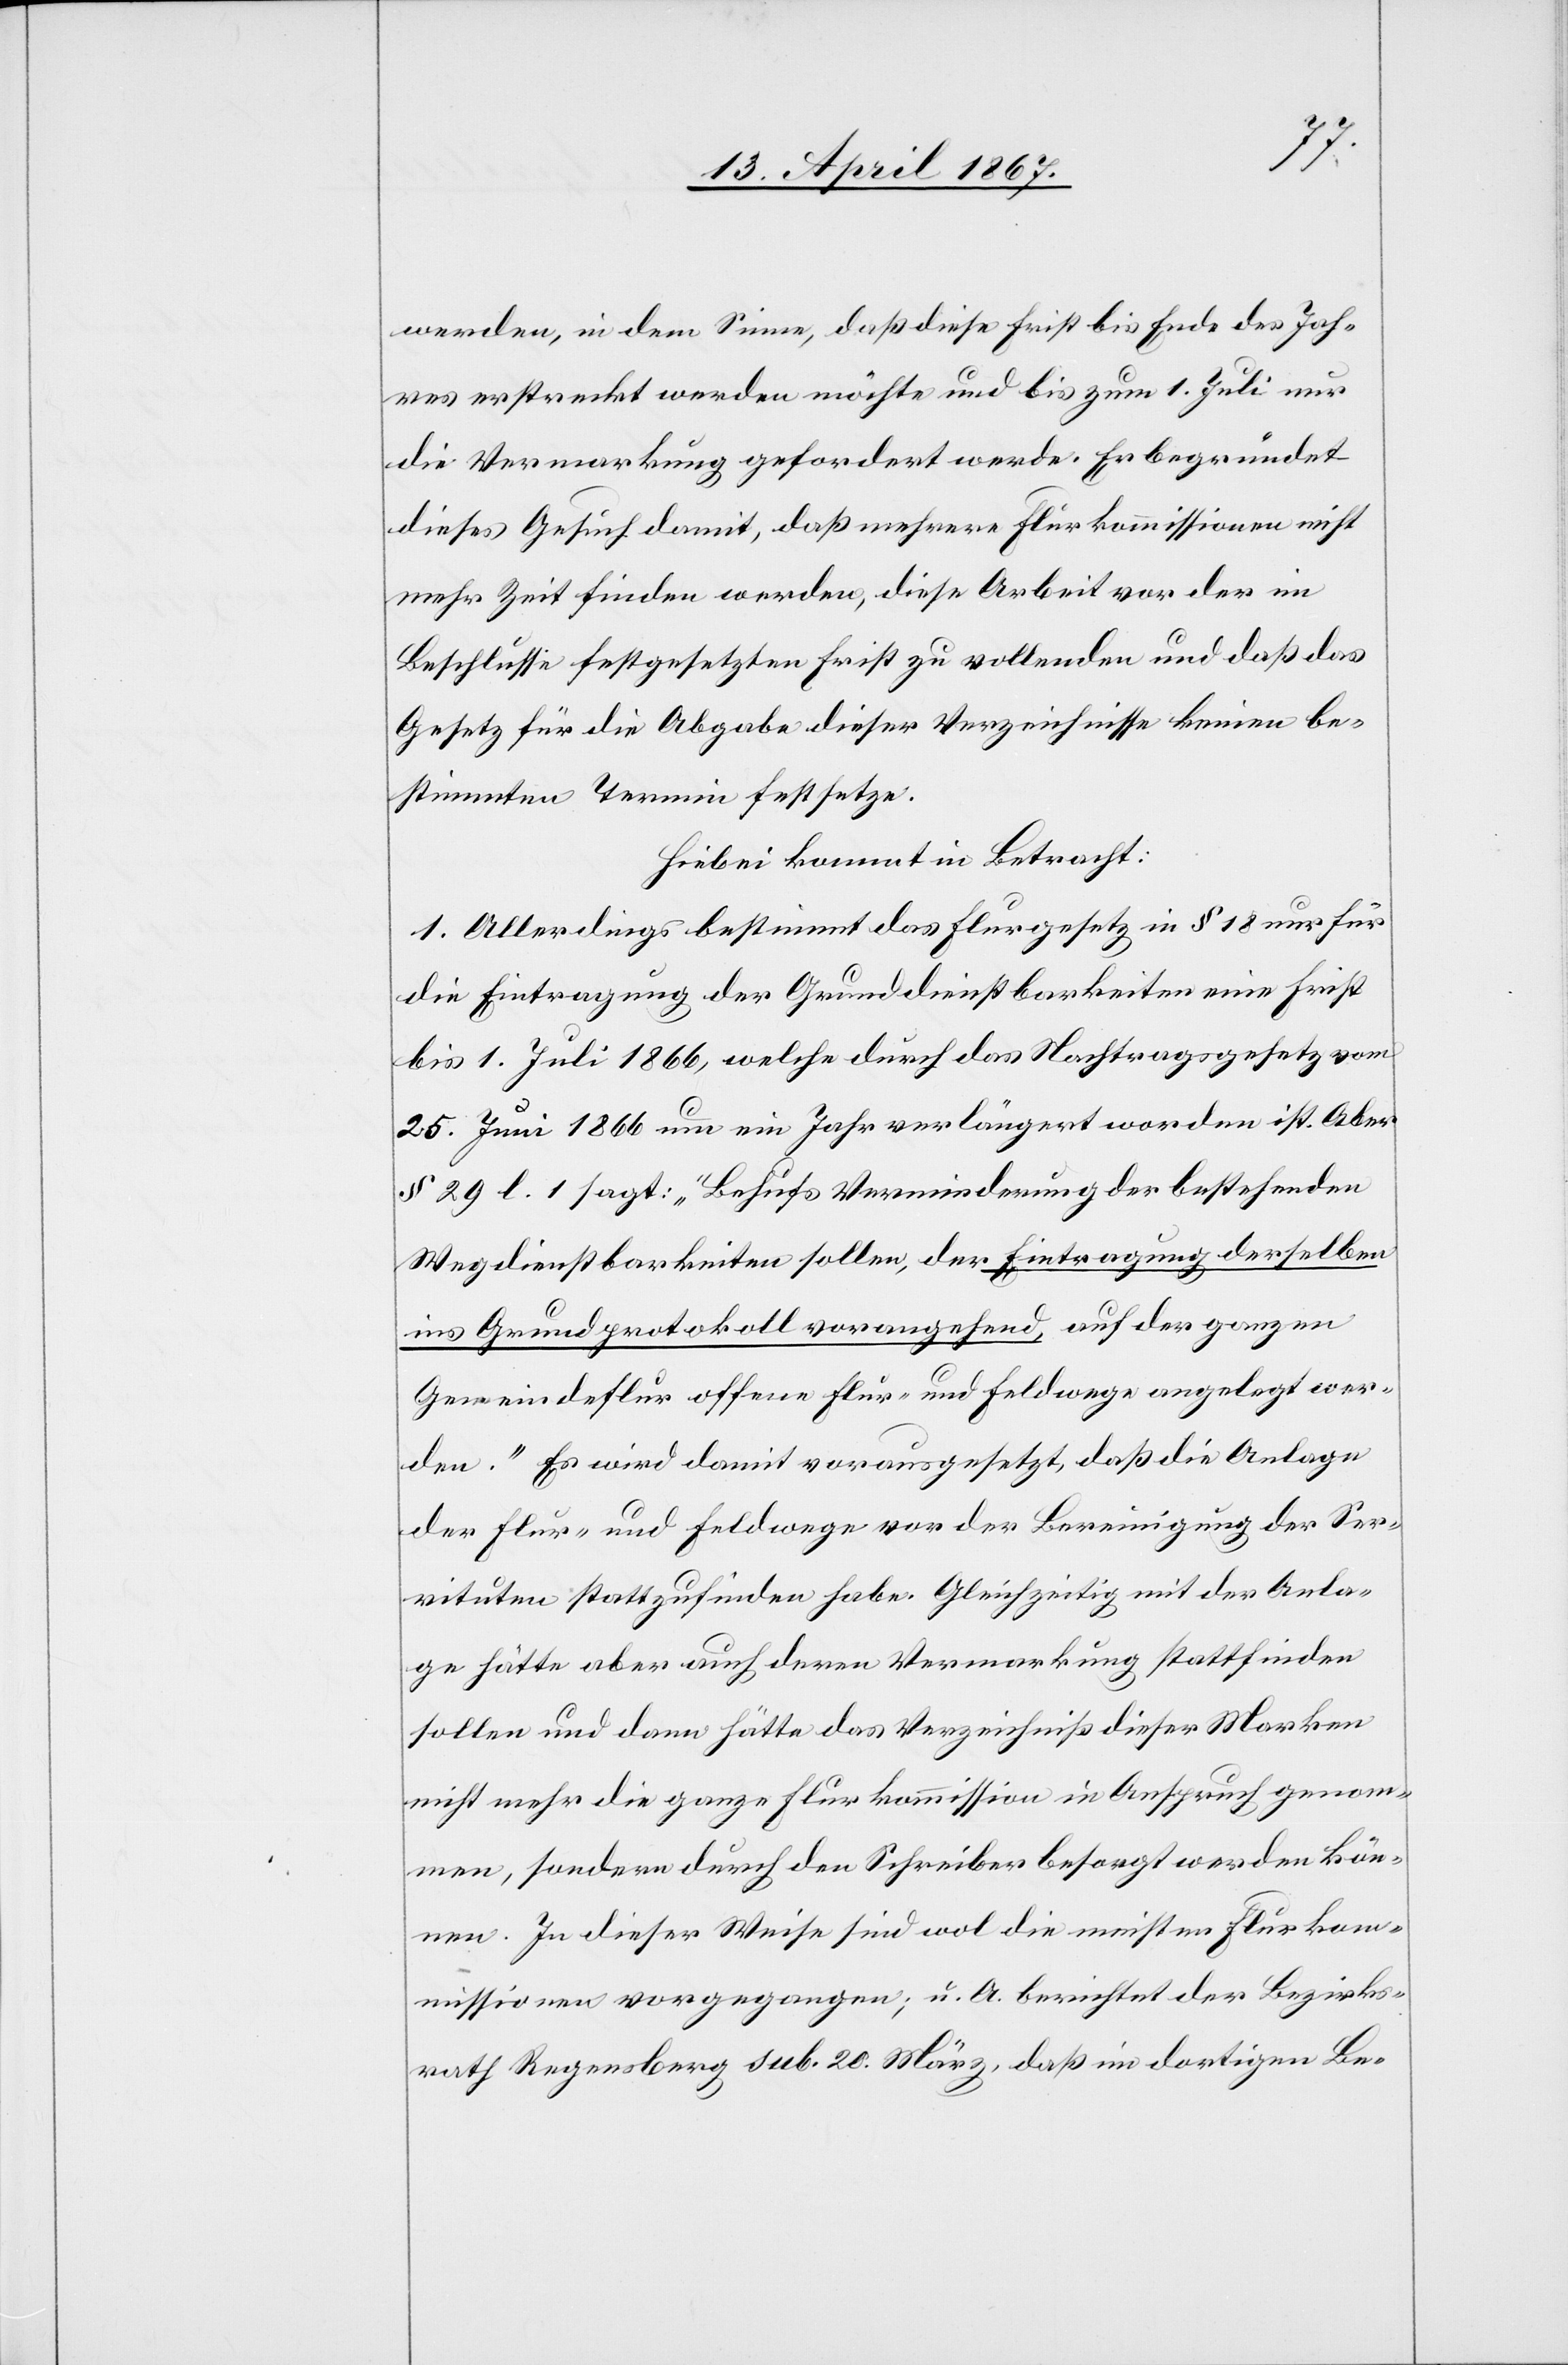
werden, in dem Sinne, daß diese Frist bis Ende des Jah¬
res erstreckt werden möchte und bis zum 1. Juli nur
die Vormerkung gefordert werde. Er begründet
dieses Gesuch damit, daß mehrere Flurkommissionen nicht
mehr Zeit finden werden, diese Arbeit vor der im
Beschlusse festgesetzten Frist zu vollenden und daß das
Gesetz für die Abgabe dieser Verzeichnisse keinen be¬
stimmten Termin festsetze.
Hiebei kommt in Betracht:
1. Allerdings bestimmt das Flurgesetz in § 18 für
die Eintragung der Grunddienstbarkeiten eine Frist
bis 1. Juli 1866, welche durch das Nachtragsgesetz vom
25. Juni 1866 um ein Jahr verlängert worden ist. Aber
§ 29 l. 1 sagt: „Behufs Verminderung der bestehenden
Wegdienstbarkeiten sollen, der Eintragung derselben
ins Grundprotokoll vorangehend, auf der ganzen
Gemeindeflur offene Flur- und Feldwege angelegt wer¬
den.“ Es wird damit vorausgesetzt, daß die Anlage
der Flur- und Feldwege vor der Bereinigung der Ser¬
vituten stattzufinden habe. Gleichzeitig mit der Anla¬
ge hätte aber auch deren Vermerkung stattfinden
sollen und dann hätte das Verzeichniß dieser Marken
nicht mehr die ganze Flurkommission in Anspruch genom¬
men, sondern durch den Schreiber besorgt werden kön¬
nen. In dieser Weise sind wol die meisten Flurkom¬
missionen vorgegangen; u. A. berichtet der Bezirks¬
rath Regensberg sub. 20. März, daß im dortigen Be-